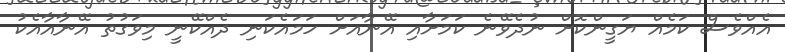
އެއްވެސް ކަމެއް ޔަގީންކޮށް ނުދެވޭނެ ކަމަށާއި އޭނާއަށް ހަމައެކަނި ދެއްކޭނީ މިވަގުތު އޭނާއާއެކު